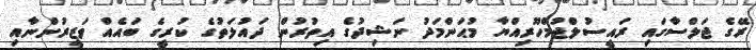
ރޭގެ ޖަލްސާގައި ރައީސުލްޖުމްހޫރިއްޔާ މުޙަންމަދު ނަޝިދުގެ އިތުރުން ދައުލަތުގެ ކުރީގެ ބައެއް ވަޒީރުންނާއި